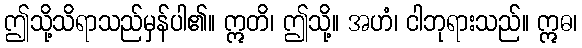
ဤသို့သိရာသည်မှန်ပါ၏။ ဣတိ၊ ဤသို့။ အဟံ၊ ငါဘုရားသည်။ ဣဓ၊